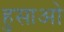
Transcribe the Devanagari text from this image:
हुसाओ